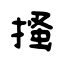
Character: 搔